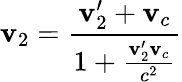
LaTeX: \mathbf{v}_{2}={\frac{{\mathbf{v}_{2}^{\prime}+\mathbf{v}_{c}}}{{1+{\frac{{\mathbf{v}_{2}^{\prime}\mathbf{v}_{c}}}{{c^{2}}}}}}}